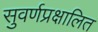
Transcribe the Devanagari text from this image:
सुवर्णप्रक्षालित